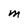
Character: M